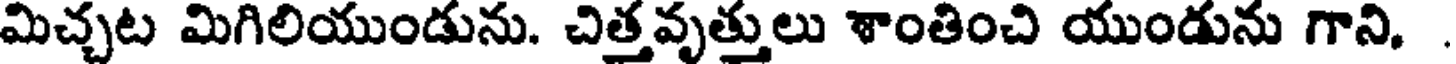
మిచ్చట మిగిలియుండును. చిత్తవృత్తులు శాంతించి యుండును గాని,